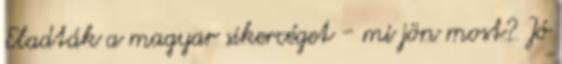
Eladták a magyar sikercéget - mi jön most? Jó